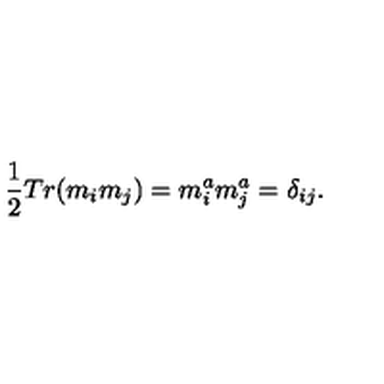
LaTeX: \frac 1 2 T r ( m _ { i } m _ { j } ) = m _ { i } ^ { a } m _ { j } ^ { a } = \delta _ { i j } .